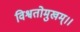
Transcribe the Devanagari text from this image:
विश्वतोमुखम्‌।।